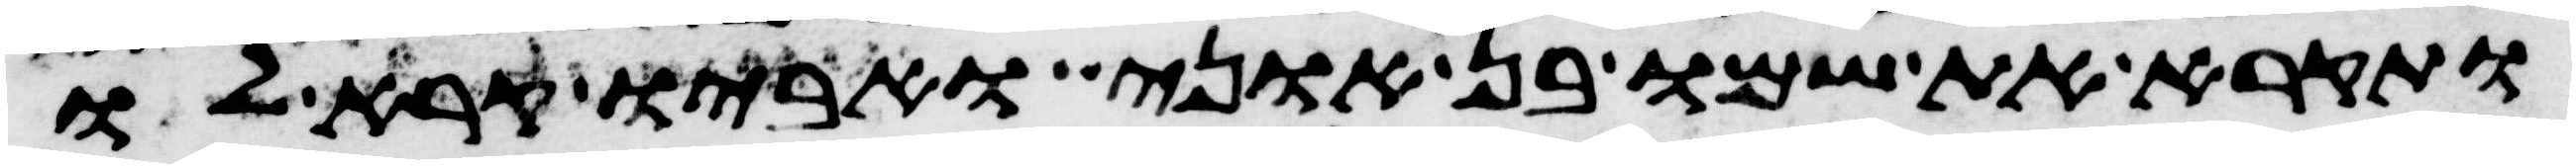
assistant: ותקרא את שמו בן אוני ואביו קרא לו